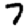
Digit: 7